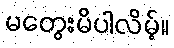
မတွေးမိပါလိမ့်။